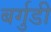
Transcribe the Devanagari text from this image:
बर्गुडी